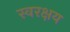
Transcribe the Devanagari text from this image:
स्वरक्षय